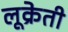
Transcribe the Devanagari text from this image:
लूक्रेती